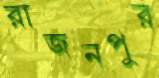
রাজনপুর